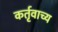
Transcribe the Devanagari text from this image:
कर्तृवाच्य